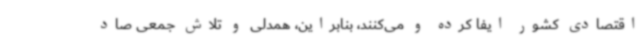
اقتصادی کشور ایفا کرده و می‌کنند، بنابراین، همدلی و تلاش جمعی صاد